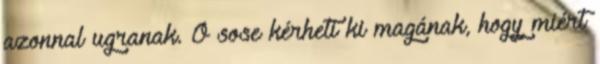
azonnal ugranak. Ő sose kérheti ki magának, hogy miért